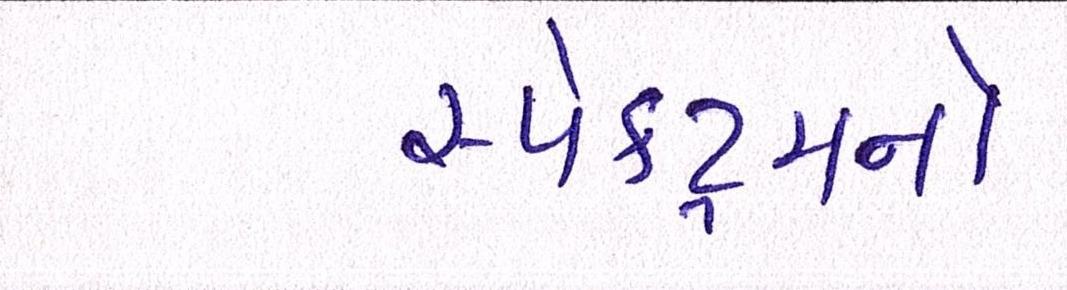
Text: સ્પેક્ટ્રમનો